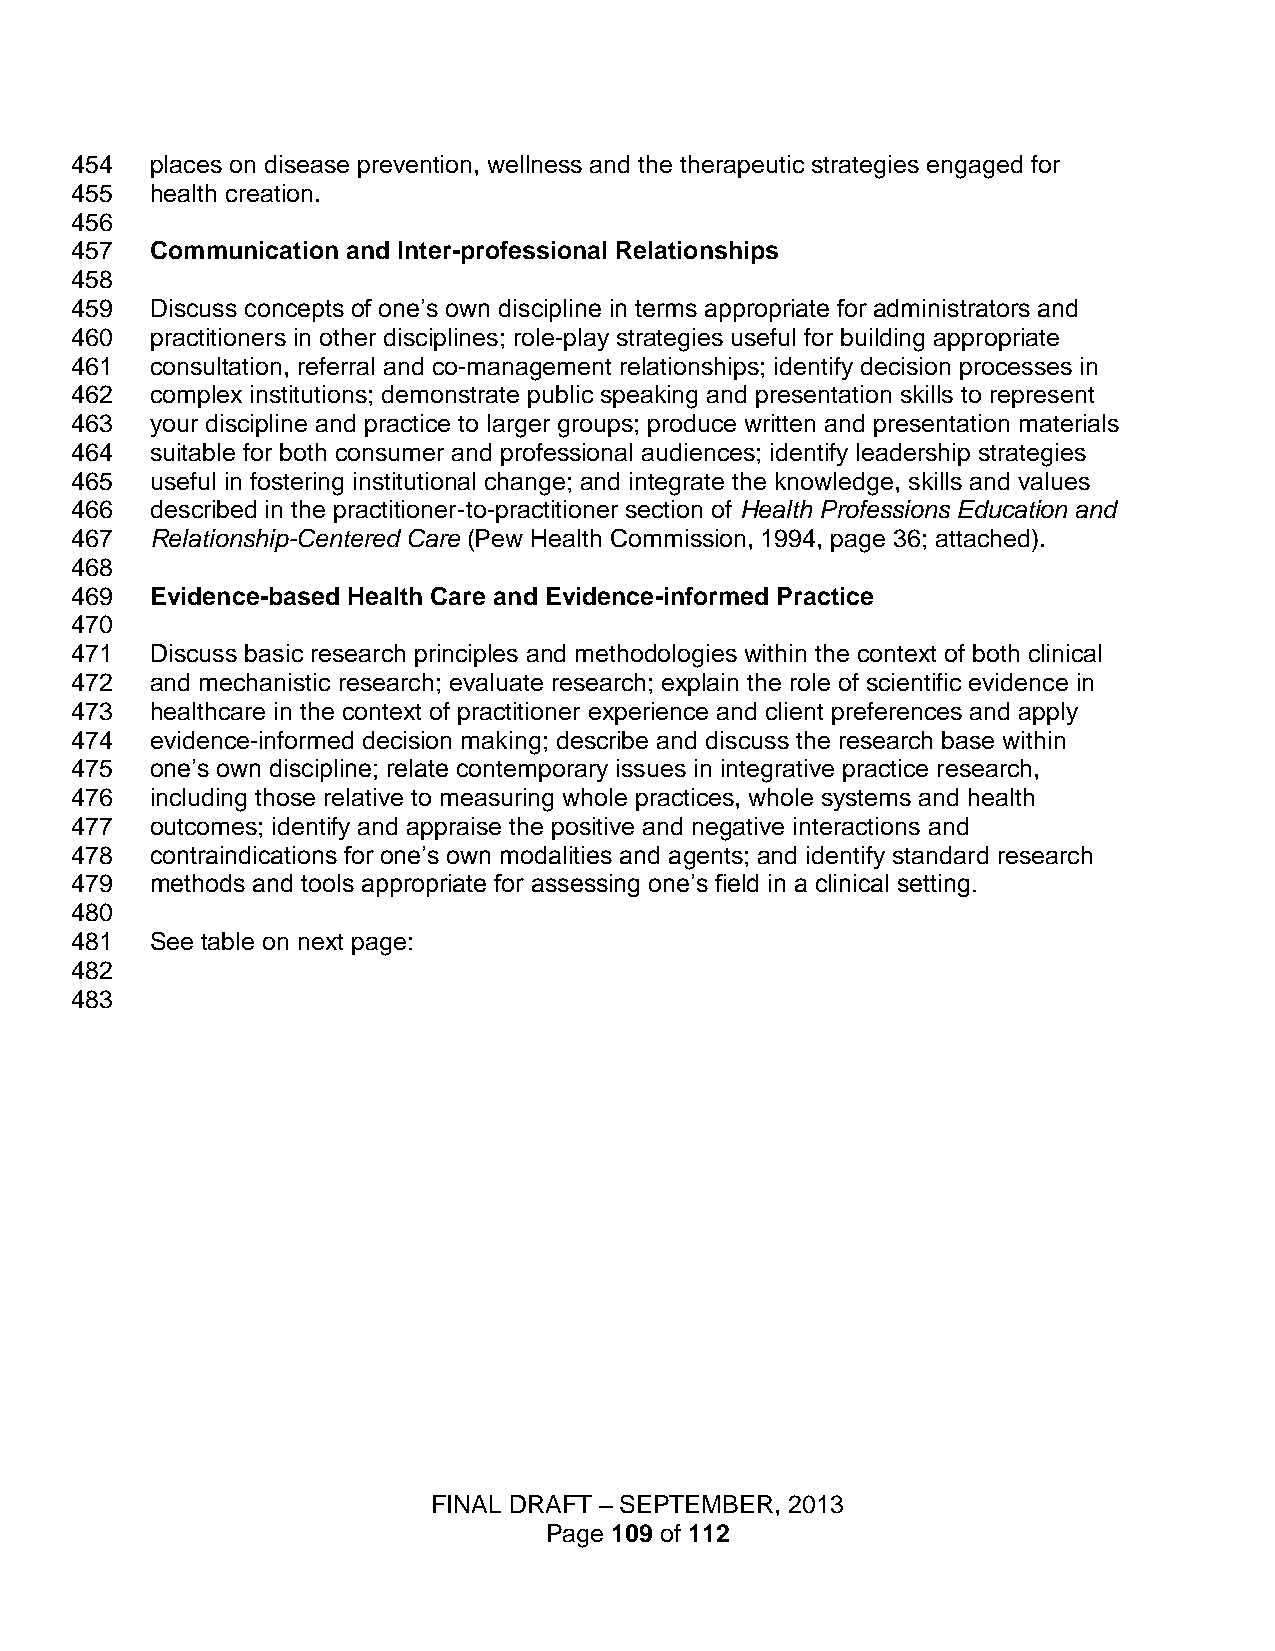
454  places on disease prevention, wellness and the therapeutic strategies engaged for
 455  health creation.
 456
 457  Communication and Inter-professional Relationships
 458
 459  Discuss concepts of one’s own discipline in terms appropriate for administrators and
 460  practitioners in other disciplines; role-play strategies useful for building appropriate
 461  consultation, referral and co-management relationships; identify decision processes in
 462  complex institutions; demonstrate public speaking and presentation skills to represent
 463  your discipline and practice to larger groups; produce written and presentation materials
 464  suitable for both consumer and professional audiences; identify leadership strategies
 465  useful in fostering institutional change; and integrate the knowledge, skills and values
 466  described in the practitioner-to-practitioner section of Health Professions Education and
 467  Relationship-Centered Care (Pew Health Commission, 1994, page 36; attached).
 468
 469  Evidence-based Health Care and Evidence-informed Practice
 470
 471  Discuss basic research principles and methodologies within the context of both clinical
 472  and mechanistic research; evaluate research; explain the role of scientific evidence in
 473  healthcare in the context of practitioner experience and client preferences and apply
 474  evidence-informed decision making; describe and discuss the research base within
 475  one’s own discipline; relate contemporary issues in integrative practice research,
 476  including those relative to measuring whole practices, whole systems and health
 477  outcomes; identify and appraise the positive and negative interactions and
 478  contraindications for one’s own modalities and agents; and identify standard research
 479  methods and tools appropriate for assessing one’s field in a clinical setting.
 480
 481  See table on next page:
 482
 483
 FINAL DRAFT – SEPTEMBER, 2013
 Page 109 of 112